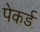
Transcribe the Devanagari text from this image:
पेकर्ड